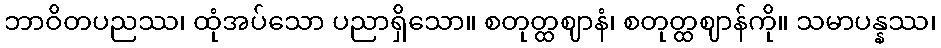
ဘာဝိတပညဿ၊ ထုံအပ်သော ပညာရှိသော။ စတုတ္ထဈာနံ၊ စတုတ္ထဈာန်ကို။ သမာပန္နဿ၊